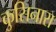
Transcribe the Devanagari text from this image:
कुसिनारा